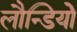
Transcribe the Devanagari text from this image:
लौन्डियोे